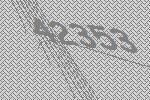
42353